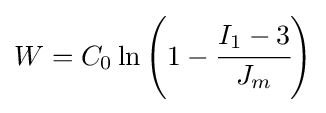
W=C_{0}\ln \left(1-{\cfrac {I_{1}-3}{J_{m}}}\right)